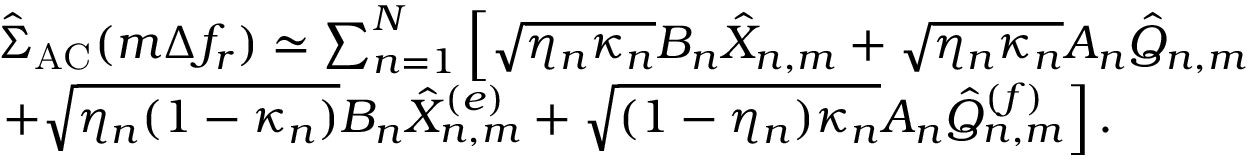
\begin{array} { r l } & { \hat { \Sigma } _ { \mathrm { A C } } ( m \Delta f _ { r } ) \simeq \sum _ { n = 1 } ^ { N } \left[ \sqrt { \eta _ { n } \kappa _ { n } } B _ { n } \hat { X } _ { n , m } + \sqrt { \eta _ { n } \kappa _ { n } } A _ { n } \hat { Q } _ { n , m } \right. } \\ & { \left. + \sqrt { \eta _ { n } ( 1 - \kappa _ { n } ) } B _ { n } \hat { X } _ { n , m } ^ { ( e ) } + \sqrt { ( 1 - \eta _ { n } ) \kappa _ { n } } A _ { n } \hat { Q } _ { n , m } ^ { ( f ) } \right] . } \end{array}